Report of the Indian Hemp Drugs Commission, 1894-1895 - Volume V
Year: 1894
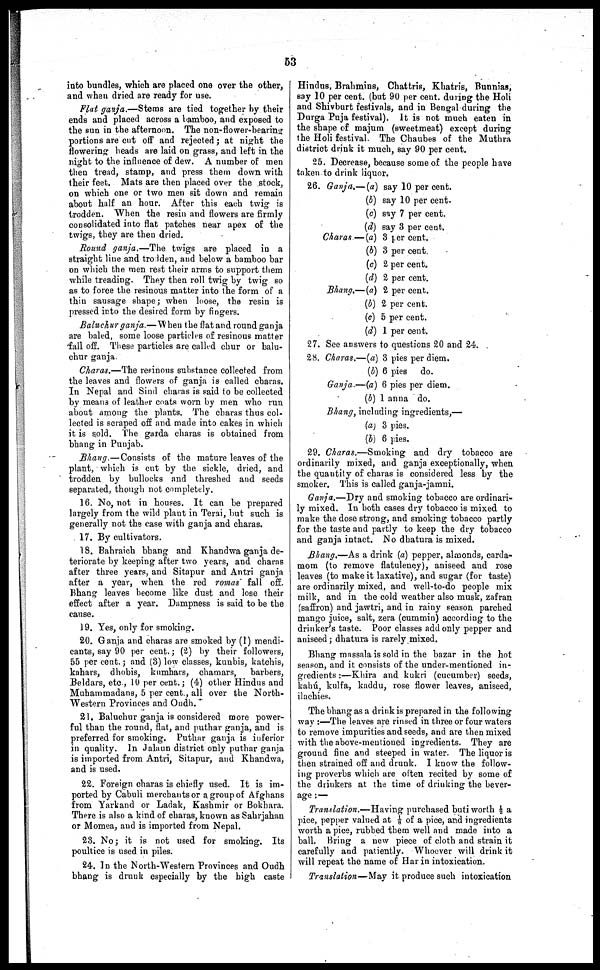
53
into bundles, which are placed one over the other,
and when dried are ready for use.
Flat ganja.—Stems are tied together by their
ends and placed across a bamboo, and exposed to
the sun in the afternoon. The non-flower-bearing
portions are cut off and rejected ; at night the
flowering beads are laid on grass, and left in the
night to the influence of dew. A number of men
then tread, stamp, and press them down with
their feet. Mats are then placed over the stock,
on which one or two men sit down and remain
about half an hour. After this each twig is
trodden. When the resin and flowers are firmly
consolidated into flat patches near apex of the
twigs, they are then dried.
Round ganja.—The twigs are placed in a
straight line and trodden, and below a bamboo bar
on which the men rest their arms to support them
while treading. They then roll twig by twig so
as to force the resinous matter into the form of a
thin sausage shape ; when loose, the resin is
pressed into the desired form by fingers.
Baluchur ganja.—When the flat and round ganja
are baled, some loose particles of resinous matter
fall off. These particles are called chur or balu
chur ganja.
Charas.—The resinous substance collected from
the leaves and flowers of ganja is called charas.
In Nepal and Sind charas is said to be collected
by means of leather coats worn by men who run
about among the plants. The charas thus col
lected is scraped off and made into cakes in which
it is sold. The garda charas is obtained from
bhang in Punjab.
Bhang.—Consists of the mature leaves of the
plant, which is cut by the sickle, dried, and
trodden by bullocks and threshed and seeds
separated, though not completely.
16. No, not in houses. It can be prepared
largely from the wild plant in Terai, but such is
generally not the case with ganja and charas.
17. By cultivators.
18. Bahraich bhang and Khandwa ganja de
teriorate by keeping after two years, and charas
after three years, and Sitapur and Antri ganja
after a year, when the red romas fall off.
Bhang leaves become like dust and lose their
effect after a year. Dampness is said to be the
cause.
19. Yes, only for smoking.
20. Ganja and charas are smoked by (1) mendi
cants, say 90 per cent. ; (2) by their followers,
55 per cent. ; and (3) low classes, kunbis, katchis,
kahars, dhobis, kumhars, chamars, barbers,
Beldars, etc., 10 per cent. ; (4) other Hindus and
Muhammadans, 5 per cent., all over the North-
Western Provinces and Oudh.
21. Baluchur ganja is considered more power
ful than the round, flat, and puthar ganja, and is
preferred for smoking. Puthar ganja is inferior
in quality. In Jalaun district only puthar ganja
is imported from Antri, Sitapur, and Khandwa,
and is used.
22. Foreign charas is chiefly used. It is im
ported by Cabuli merchants or a group of Afghans
from Yarkand or Ladak, Kashmir or Bokhara.
There is also a kind of charas, known as Sahrjahan
or Momea, and is imported from Nepal.
23. No ; it is not used for smoking. Its
poultice is used in piles.
24. In the North-Western Provinces and Oudh
bhang is drunk especially by the high caste
Hindus, Brahmins, Chattris, Khatris, Bunnias,
say 10 per cent. (but 90 per cent. during the Holi
and Shivburt festivals, and in Bengal during the
Durga Puja festival). It is not much eaten in
the shape of majum (sweetmeat) except during
the Holi festival. The Chaubes of the Muthra
district drink it much, say 90 per cent.
25. Decrease, because some of the people have
taken to drink liquor.
26.
27.
28.
Ganja.—(a) say 10 per cent.
(b) say 10 per cent.
(c) say 7 per cent.
(d) say 3 per cent.
Charas.—(a) 3 per cent.
(b) 3 per cent.
(c) 2 per cent.
(d) 2 per cent.
Bhang.—(a) 2 per cent.
(b) 2 per cent.
(c) 5 per cent.
(d) 1 per cent.
See answers to questions 20 and 24.
Charas.—(a) 3 pies per diem.
(b) 6 pies do.
Ganja.—(a) 6 pies per diem.
(b) 1 anna do.
Bhang, including ingredients,—
(a) 3 pies.
(b) 6 pies.
29. Charas.—Smoking and dry tobacco are
ordinarily mixed, and ganja exceptionally, when
the quantity of charas is considered less by the
smoker. This is called ganja-jamni.
Ganja.—Dry and smoking tobacco are ordinari
ly mixed. In both cases dry tobacco is mixed to
make the dose strong, and smoking tobacco partly
for the taste and partly to keep the dry tobacco
and ganja intact. No dhatura is mixed.
Bhang.—As a drink (a) pepper, almonds, carda
mom (to remove flatulency), aniseed and rose
leaves (to make it laxative), and sugar (for taste)
are ordinarily mixed, and well-to-do people mix
milk, and in the cold weather also musk, zafran
(saffron) and jawtri, and in rainy season parched
mango juice, salt, zera (cummin) according to the
drinker's taste. Poor classes add only pepper and
aniseed ; dhatura is rarely mixed.
Bhang massala is sold in the bazar in the hot
season, and it consists of the under-mentioned in
gredients :—Khira and kukri (cucumber) seeds,
kahú, kulfa, kaddu, rose flower leaves, aniseed,
ilachies.
The bhang as a drink is prepared in the following
way :—The leaves are rinsed in three or four waters
to remove impurities and seeds, and are then mixed
with the above-mentioned ingredients. They are
ground fine and steeped in water. The liquor is
then strained off and drunk. I know the follow
ing proverbs which are often recited by some of
the drinkers at the time of drinking the bever
age :—
Translation.—Having purchased buti worth ½ a
pice, pepper valued at ⅛ of a pice, and ingredients
worth a pice, rubbed them well and made into a
ball. Bring a new piece of cloth and strain it
carefully and patiently. Whoever will drink it
will repeat the name of Har in intoxication.
Translation—May it produce such intoxication